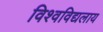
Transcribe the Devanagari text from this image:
विश्वविद्यलाय